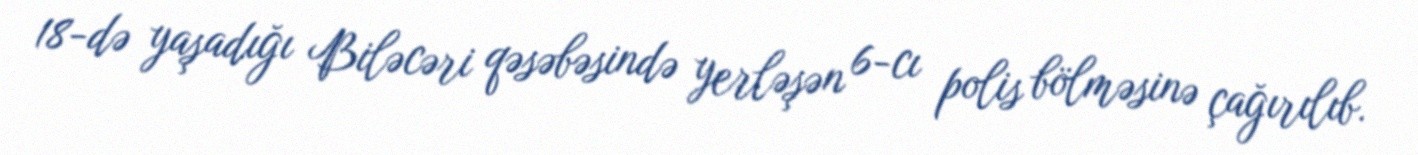
18-də yaşadığı Biləcəri qəsəbəsində yerləşən 6-cı polis bölməsinə çağırılıb.